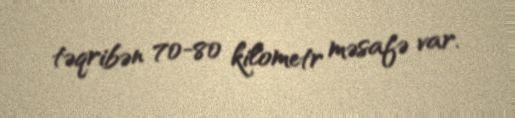
təqribən 70-80 kilometr məsafə var.